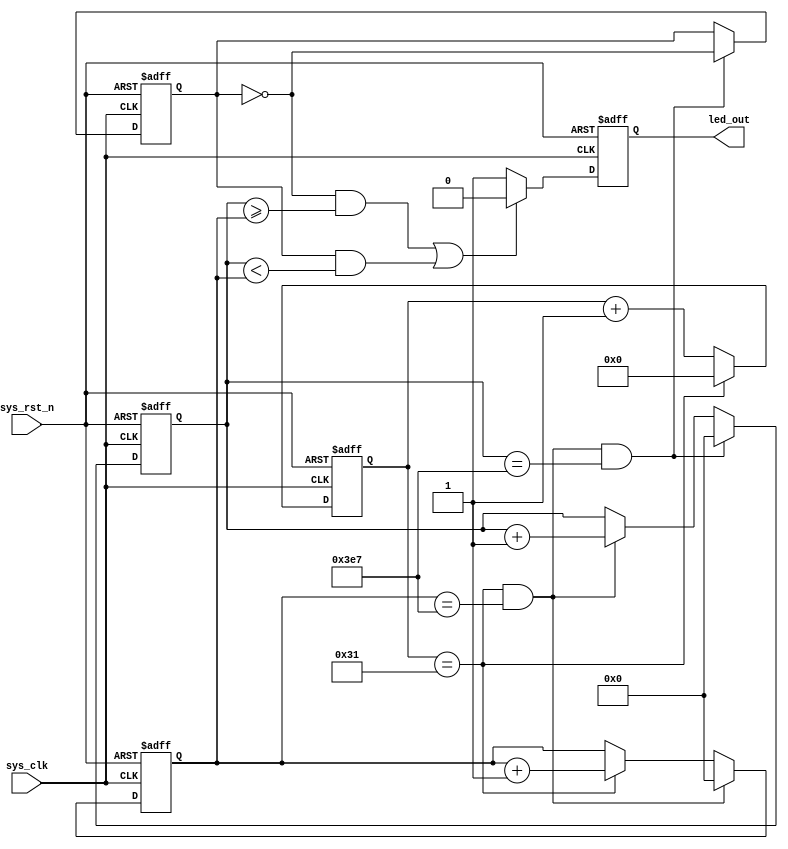
module breath_led
#(
    parameter   CNT_1S_MAX  = 10'd999,
    parameter   CNT_1MS_MAX = 10'd999,
    parameter   CNT_1US_MAX = 6'd49  


)
(
    input   wire    sys_clk     ,
    input   wire    sys_rst_n   ,
    
    output  reg     led_out

);

reg     [9:0]   cnt_1s  ;
reg     [9:0]   cnt_1ms ;
reg     [5:0]   cnt_1us ;
reg             cnt_1s_en ;

always@(posedge sys_clk or negedge sys_rst_n)
    if(sys_rst_n == 1'b0)
        cnt_1us <= 6'b0;
    else if(cnt_1us == CNT_1US_MAX)
        cnt_1us <= 6'b0;
    else
        cnt_1us <= cnt_1us + 6'b1;

always@(posedge sys_clk or negedge sys_rst_n)
    if(sys_rst_n == 1'b0)
        cnt_1ms <= 10'b0;
    else if(cnt_1us == CNT_1US_MAX && cnt_1ms == CNT_1MS_MAX)
        cnt_1ms <= 10'b0;
    else if(cnt_1us == CNT_1US_MAX)
        cnt_1ms <= cnt_1ms + 10'b1;


always@(posedge sys_clk or negedge sys_rst_n)
    if(sys_rst_n == 1'b0)
        cnt_1s <= 10'b0;
    else if(cnt_1us == CNT_1US_MAX && cnt_1ms == CNT_1MS_MAX && cnt_1s == CNT_1S_MAX)
        cnt_1s <= 10'b0;
    else if(cnt_1us == CNT_1US_MAX && cnt_1ms == CNT_1MS_MAX)
        cnt_1s <= cnt_1s + 10'b1;


always@(posedge sys_clk or negedge sys_rst_n)
    if(sys_rst_n == 1'b0)
        cnt_1s_en <= 1'b0;
    else if(cnt_1us == CNT_1US_MAX && cnt_1ms == CNT_1MS_MAX && cnt_1s == CNT_1S_MAX)
        cnt_1s_en <= ~cnt_1s_en;


always@(posedge sys_clk or negedge sys_rst_n)
    if(sys_rst_n == 1'b0)
        led_out <= 1'b0;
    else if((cnt_1s_en == 1'b0 && cnt_1s >= cnt_1ms)
            || (cnt_1s_en == 1'b1 && cnt_1s < cnt_1ms))
        led_out <= 1'b0;
    else
        led_out <= 1'b1;

endmodule